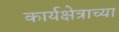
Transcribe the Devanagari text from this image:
कार्यक्षेत्राच्या